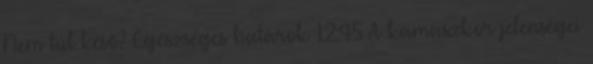
Nem túl késő? Egészséges határok 12:45 A kamaszkor jelenségei